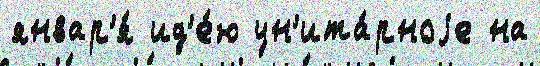
январ'я́ ид'е́ю ун'ита́рноjе на